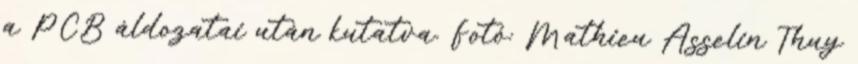
a PCB áldozatai után kutatva. Fotó: Mathieu Asselin Thuy